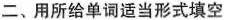
二、用所给单词适当形式填空